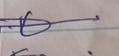
Signature authenticity: genuine